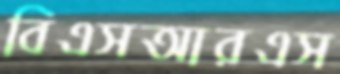
বিএসআরএস